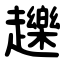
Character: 䟏